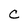
Character: C